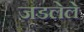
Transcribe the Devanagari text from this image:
जडलेले